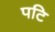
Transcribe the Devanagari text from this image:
पटि